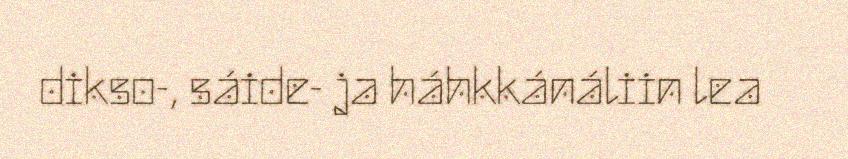
dikso-, sáide- ja háhkkánáliin lea